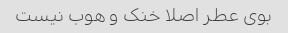
بوی عطر اصلا خنک و هوب نیست